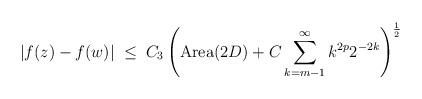
LaTeX: \begin{align*}|f(z)-f(w)|\;\leq\; C_3\left({\mathrm{Area}(2D)} + C\sum_{k=m-1}^{\infty} k^{2p}2^{-2k}\right)^{\frac{1}{2}}\end{align*}